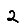
Digit: 2